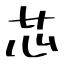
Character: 芯